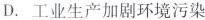
D.工业生产加剧环境污染